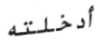
أدخلته